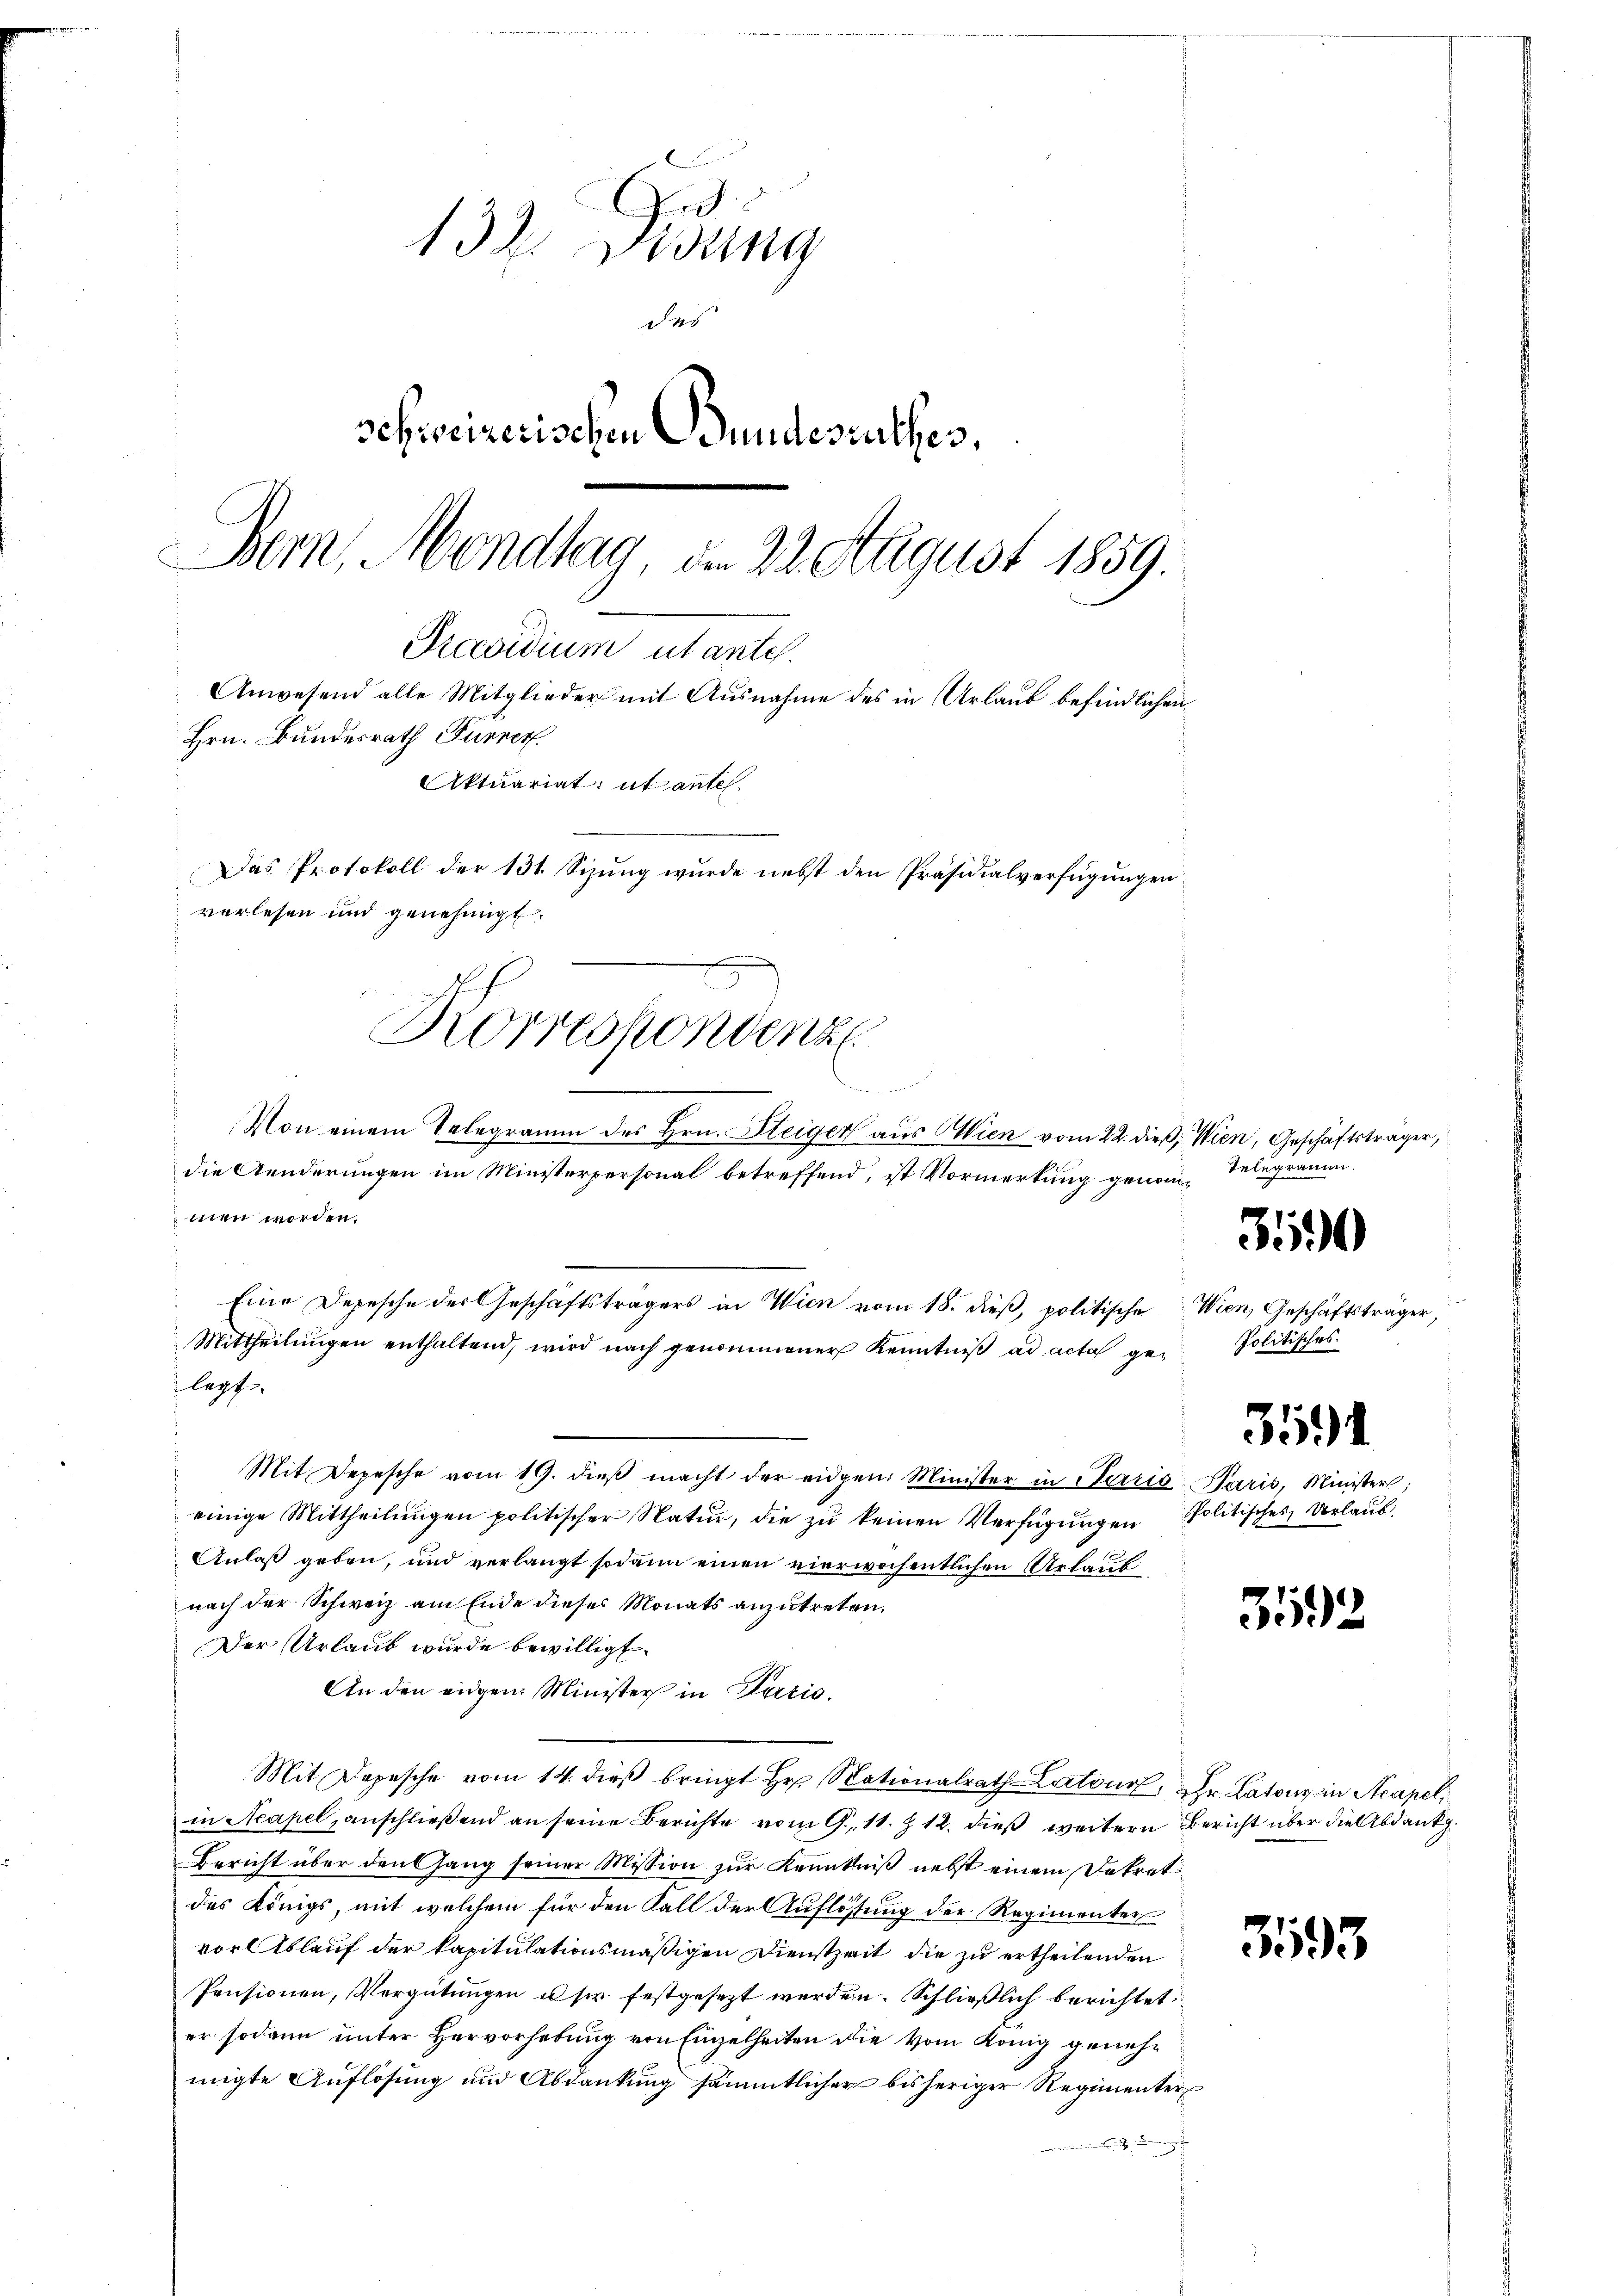
Ind
132. Visung
das
schweizerischen Bundesrathes,
Bern, Mondtag an 22. August 1859.
Präsidium utante.
Anwesend alle Mitglieder mit Ausnahme des in Urlaub befindlichen
Hrn. Bundesrath Furrer.
Aktuariat ut ante.
Das Protokoll der 131. Sizung wurde nebst den Präsidialverfügungen
verlesen und genehmigt.

E
Korrespondenz
, a. Bitten, d

Von einem Telegramm des Hrn. Bleiger aus Wien vom 22. dieß, Wien, Geschäftsträger,
die Aenderungen im Ministerpersonal betreffend, ist Vormerkung genommen worden.
e
Eine Depesche der Geschäftsträgers in Wien vom 18. dieß, politische Wien, Geschäftsträger,
Mittheilŭngen enthaltend, wird nach genommener Kenntniβ ad acta ge¬
Mit Depesche vom 19. dieβ macht der eidgen. Minister in Terris Paris, Minister;
einige Mittheilungen politischer Natur, die zu keinen Verfügungen Politisches Verlaub.
Anlaß geben, und verlangt sodann einen vierwöchentlichen Urlauf
nach der Schweiz am Ende dieses Monats anzutreten.
Der Urlaub wurde bewilligt.
An den eidgen. Minister in Lazić
Mit Depesche vom 14. dieβ bringt Hr. Nationalrath-Latons, Hr. Latons in Acapel
in Neapel, anschließend an seine Berichte vom 9. 11. Z. 12. dieß weitern Bericht über die Abdank
Bericht über den Gang seiner Mission zur Kenntniß nebst einem Dekret
des Königs, mit welchem für den Fall der Auflösung der Regimenter
vor Ablauf der kapitulationsmäßigen Dienstzeit, die zu ertheilenden
Pensionen, Vergütŭngen u s. festgesezt werden. Schließlich berichtet
er sodann unter Hervorhebung von Einzelheiten die vom König genehmigte Auflösung und Abdankung sämmtlicher bisheriger Regimenter
 erinne mit in eige

legt,

Telegramm.

350

Politisches

3591

3592

3595